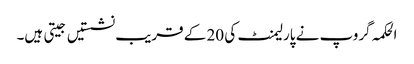
الحکمہ گروپ نے پارلیمنٹ کی 20 کے قریب نشستیں جیتی ہیں۔